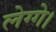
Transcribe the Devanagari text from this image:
लेग्गे।